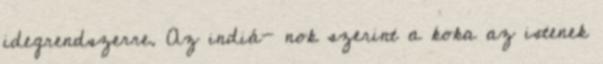
idegrendszerre. Az indiá- nok szerint a koka az istenek